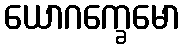
ယောဂက္ခေမော